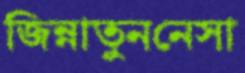
জিন্নাতুননেসা